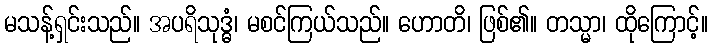
မသန့်ရှင်းသည်။ အပရိသုဒ္ဓံ၊ မစင်ကြယ်သည်။ ဟောတိ၊ ဖြစ်၏။ တသ္မာ၊ ထိုကြောင့်။